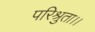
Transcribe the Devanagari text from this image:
परिश्रुता।।